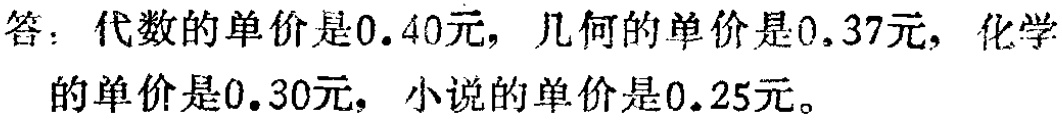
答：代数的单价是\(0.40\)元，几何的单价是\(0.37\)元，化学的单价是\(0.30\)元，小说的单价是\(0.25\)元。